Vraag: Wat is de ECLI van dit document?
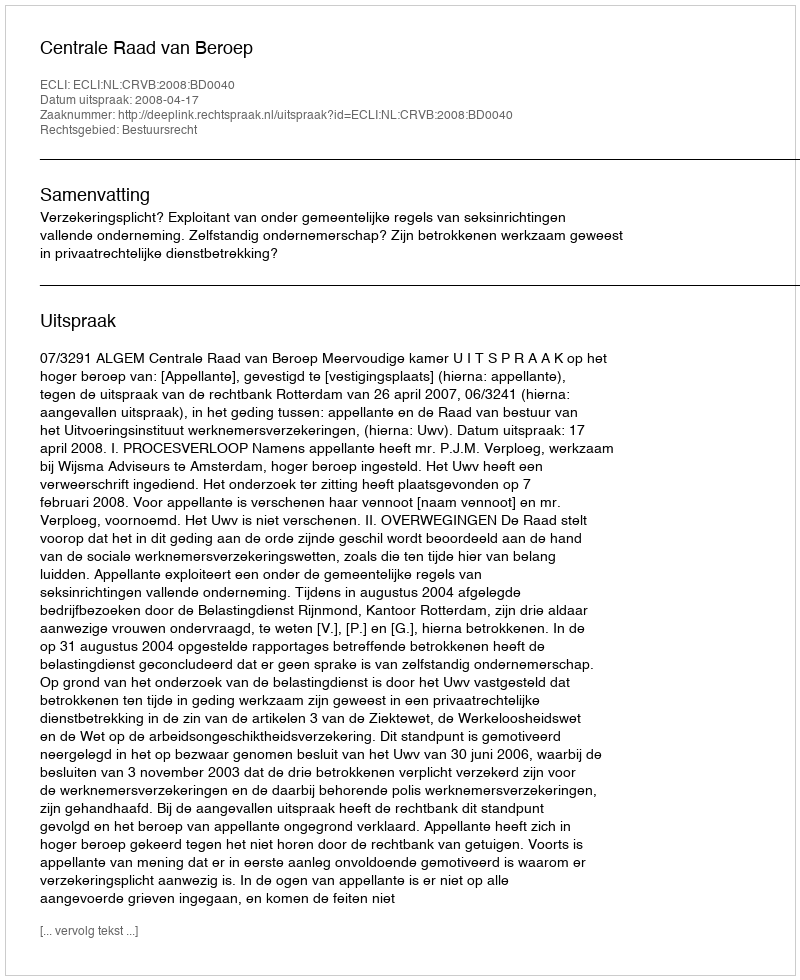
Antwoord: ECLI:NL:CRVB:2008:BD0040